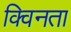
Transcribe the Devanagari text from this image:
क्विनता